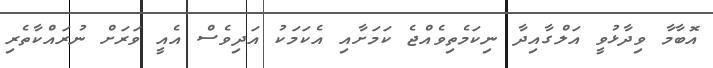
އޮބާމާ ވިދާޅުވީ އަލްގާއިދާ ނިކަމެތިވެއްޖެ ކަމަށާއި އެކަމަކު އަދިވެސް އެއީ ވަރަށް ނުރައްކާތެރި